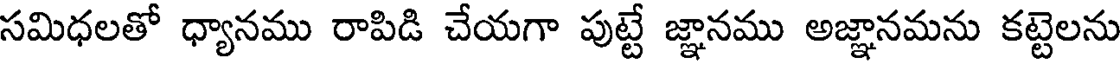
సమిధలతో ధ్యానము రాపిడి చేయగా పుట్టే జ్ఞానము అజ్ఞానమను కట్టెలను